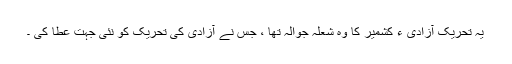
یہ تحریکِ آزادی ءِ کشمیر کا وہ شعلہ جوالہ تھا ، جس نے آزادی کی تحریک کو نئی جہت عطا کی ۔